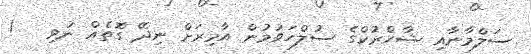
ސަލްމާނާއި ޝާހްރުކްގެ ސުލްހަވުމުން އާމިރަށް ނިދޭ ގޮތެއް ނުވި   !